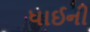
ધાઈની